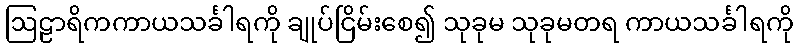
ဩဠာရိကကာယသင်္ခါရကို ချုပ်ငြိမ်းစေ၍ သုခုမ သုခုမတရ ကာယသင်္ခါရကို